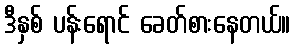
ဒီနှစ် ပန်းရောင် ခေတ်စားနေတယ်။